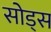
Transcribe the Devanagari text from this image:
सोड्स